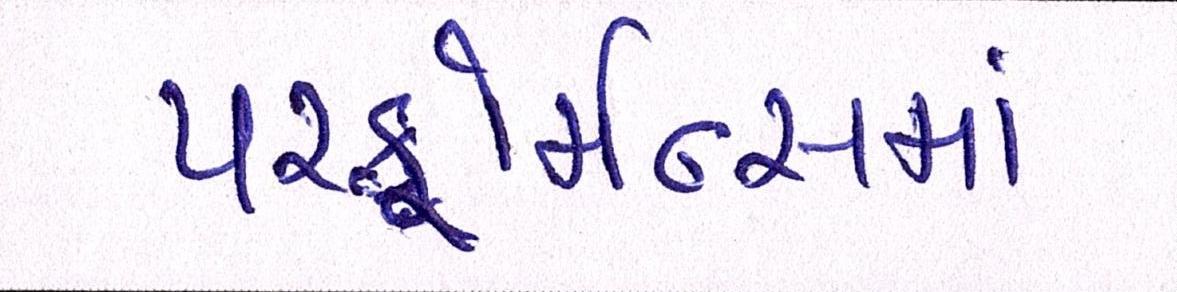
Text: પરફોર્મન્સમાં